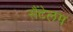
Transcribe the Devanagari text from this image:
सैंटेलम